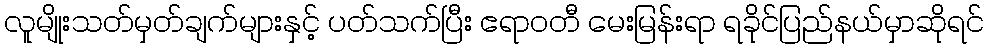
လူမျိုးသတ်မှတ်ချက်များနှင့် ပတ်သက်ပြီး ဧရာဝတီ မေးမြန်းရာ ရခိုင်ပြည်နယ်မှာဆိုရင်